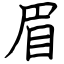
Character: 眉